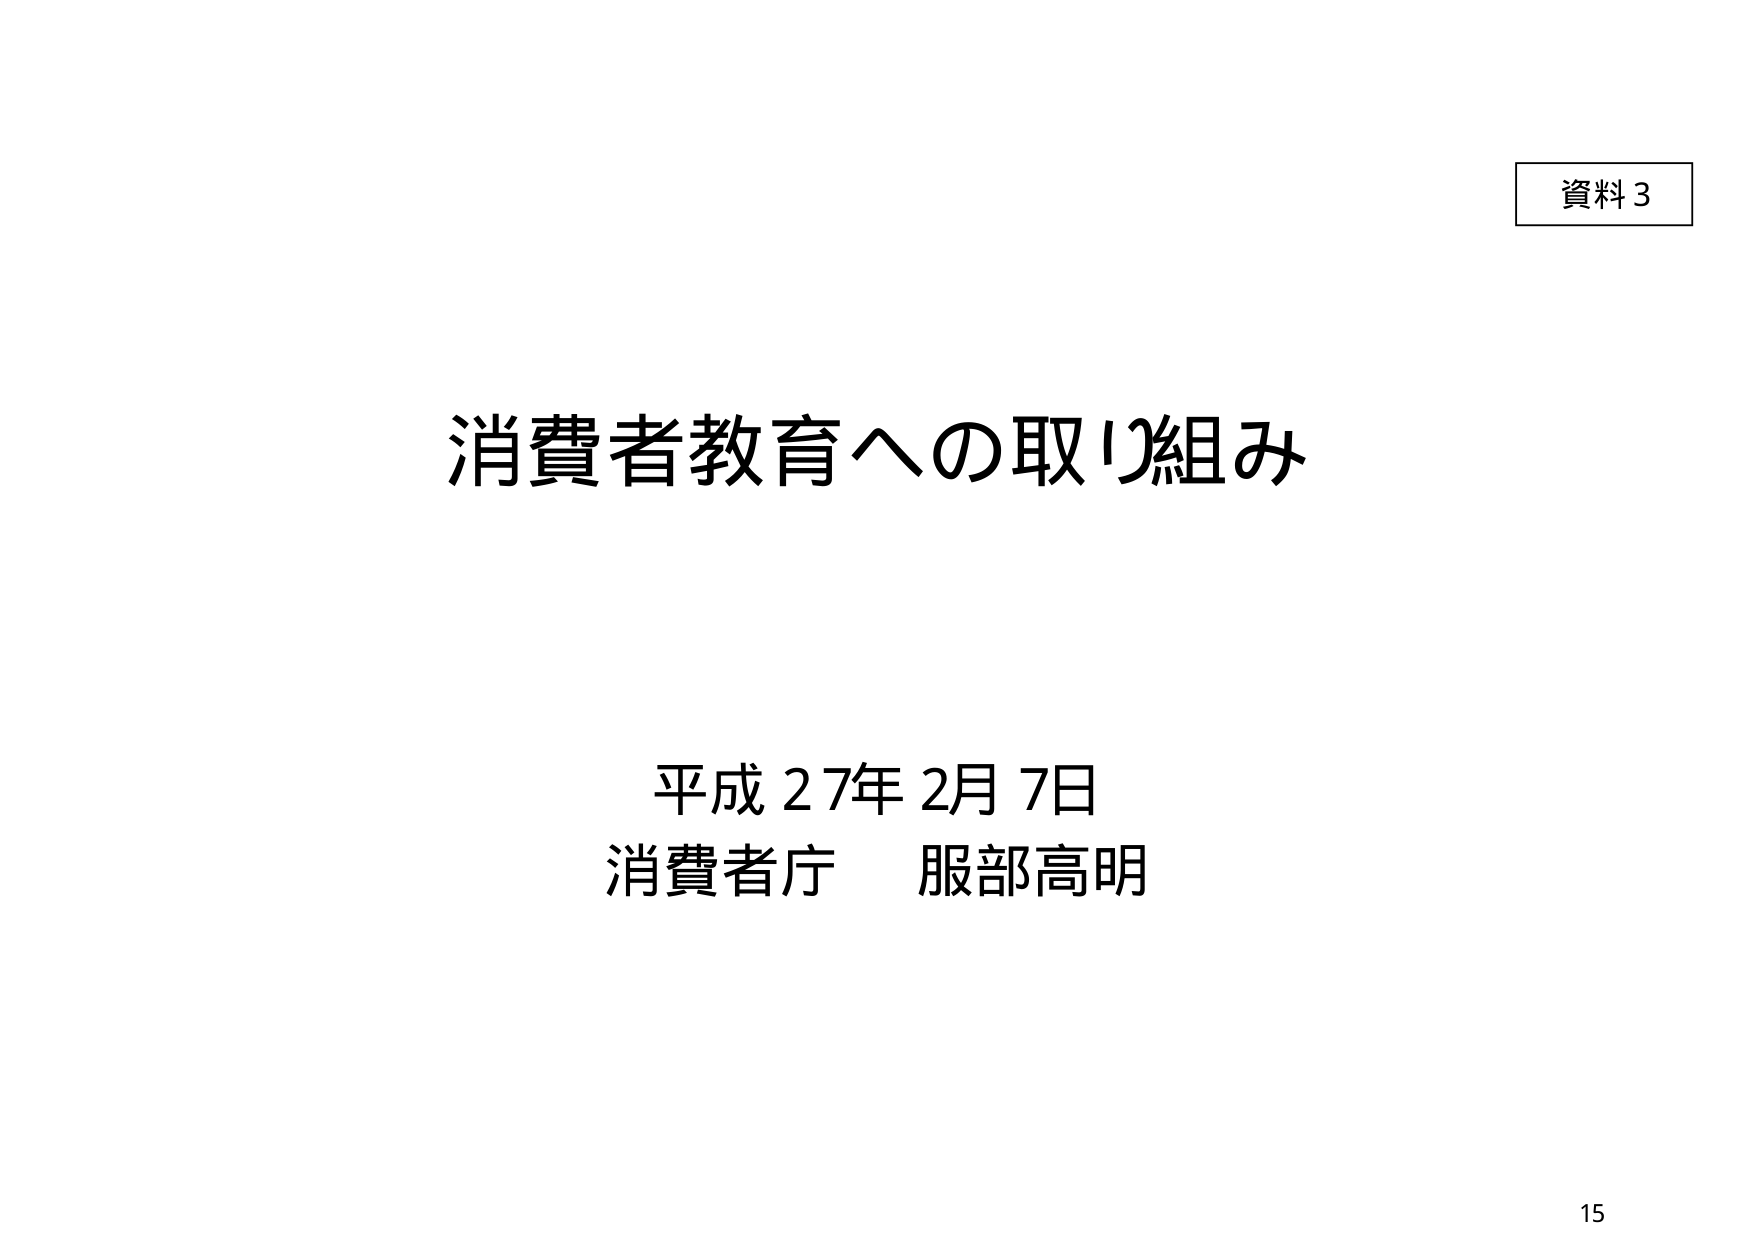
資料3
消費者教育への取り組み
平成27年2月7日
消費者庁 服部高明
15